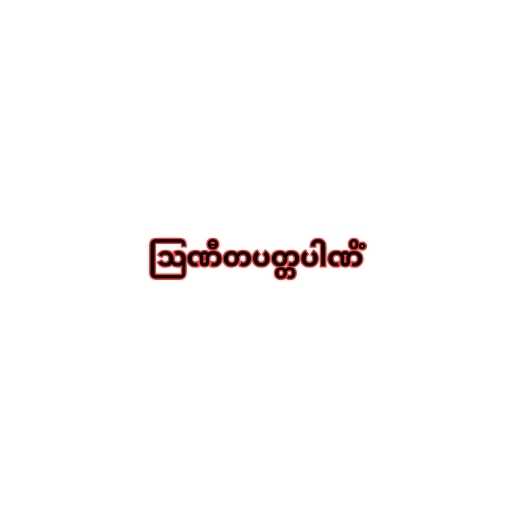
ဩဏီတပတ္တပါဏိံ